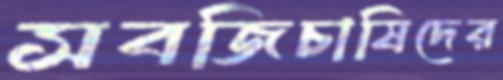
সবজিচাষিদের